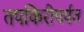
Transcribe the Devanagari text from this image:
तपकिरीपर्यंत